Lunatic asylums Punjab 1868-1880 - 1868-1880
Year: 1868
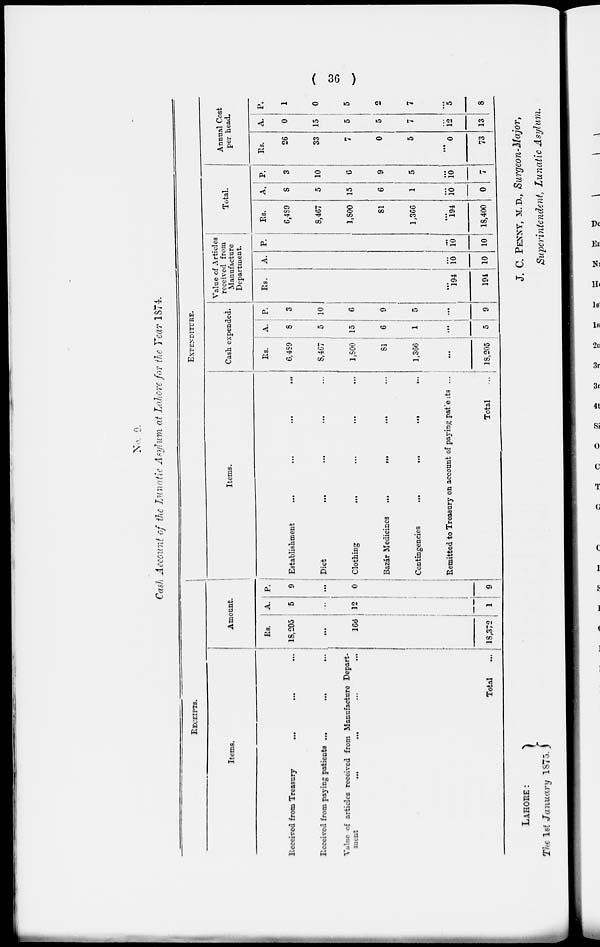
( 36 )
No. 9.
Cash Account of the Lunatic Asylum at Lahore for the Year 1874.
RECEIPTS.
Items.
Received from Treasury
... ... ...
Received from paying patients ... ... ...
Value of articles received from Manufacture Depart-
ment
...
...
...
...
Total ...
Amount.
Rs.
18,205
...
166
18,372
A.
5
...
12
1
P.
9
...
0
9
EXPENDITURE.
Items.
Establishment ... ...
...
...
Diet
...
...
...
...
Clothing
...
...
...
...
Bazar Medicines
...
...
...
...
Contingencies
...
...
...
...
Remitted to Treasury on account ofpaying patients... ... ... ...
Total ...
Cash expended.
Rs.
6,489
8,467
1,800
81
1,366
...
18,205
A.
8
5
15
6
1
...
5
P.
3
10
6
9
5
...
9
Value of Articles
received from
Manufacture
Department.
Rs.
...
194
194
A.
...
10
10
P.
...
10
10
Total.
Rs.
6,489
8,467
1,800
81
1,366
...
194
18,400
A.
8
5
15
6
1
...
10
0
P.
3
10
6
9
5
...
10
7
Annual Cost
per head.
Rs.
26
33
7
0
5
...
0
73
A.
0
15
5
5
7
...
12
13
P.
1
0
5
2
7
...
5
8
LAHORE:
The 1st January 1875.
J. C. PENNY, M.D., Surgeon-Major,
Superintendent, Lunatic Asylum.